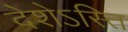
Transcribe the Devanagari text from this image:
देशेऽस्ति